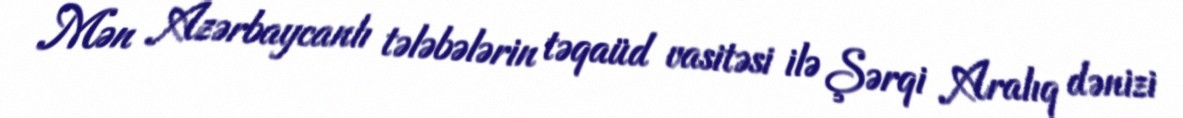
Mən Azərbaycanlı tələbələrin təqaüd vasitəsi ilə Şərqi Aralıq dənizi